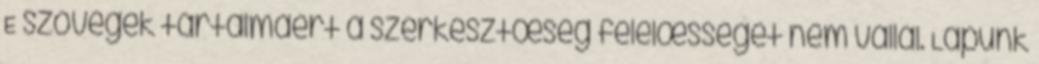
E szövegek tartalmáért a szerkesztœség felelœsséget nem vállal. Lapunk